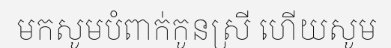
មកសូមបំពាក់កូនស្រី ហើយសូម